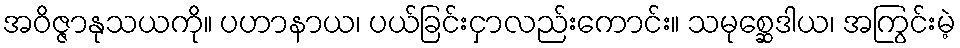
အဝိဇ္ဇာနုသယကို။ ပဟာနာယ၊ ပယ်ခြင်းငှာလည်းကောင်း။ သမုစ္ဆေဒါယ၊ အကြွင်းမဲ့